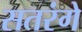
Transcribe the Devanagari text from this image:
सतरंगे